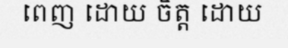
ពេញ ដោយ ចិត្ត ដោយ